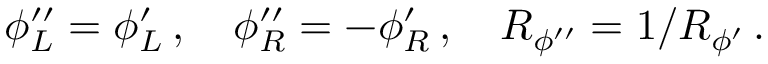
\phi _ { L } ^ { \prime \prime } = \phi _ { L } ^ { \prime } \, , \quad \phi _ { R } ^ { \prime \prime } = - \phi _ { R } ^ { \prime } \, , \quad R _ { \phi ^ { \prime \prime } } = 1 / R _ { \phi ^ { \prime } } \, .